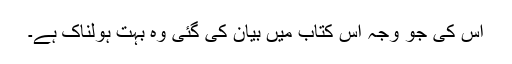
اس کی جو وجہ اس کتاب میں بیان کی گئی وہ بہت ہولناک ہے۔